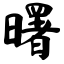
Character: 曙